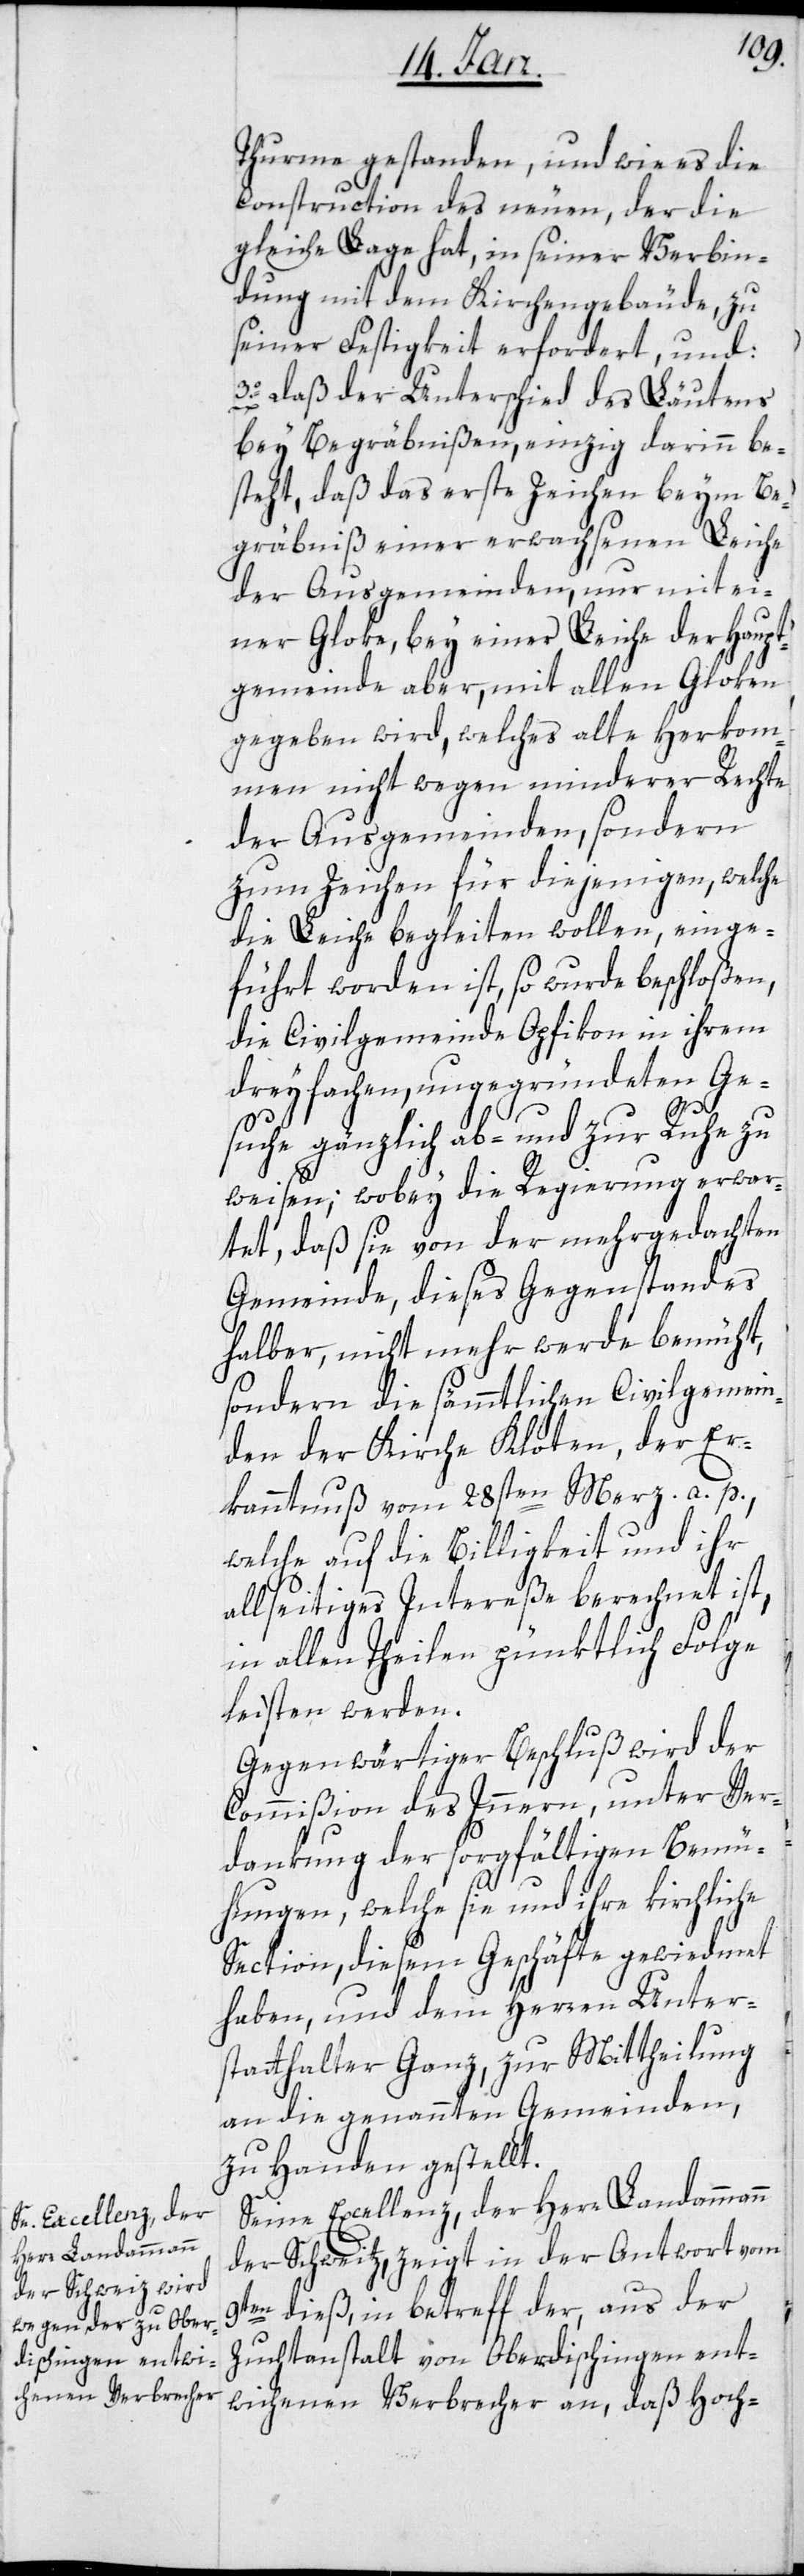
Thurme gestanden, und wie es die
Construction des neuen, der die
gleiche Lage hat, in seiner Verbin¬
dung mit dem Kirchengebäude, zu
seiner Festigkeit erfordert, und:
3o. daß der Unterschied des Läutens
bey Begräbnißen, einzig darinn be¬
steht, daß das erste Zeichen beym Be¬
gräbniß einer erwachsenen Leiche
der Ausgemeinden, nur mit ei¬
ner Gloke, bey einer Leiche der Haupt¬
gemeinde aber, mit allen Gloken
gegeben wird, welches alte Herkom¬
men nicht wegen minderer Rechte
der Ausgemeinden, sondern
zum Zeichen für diejenigen, welche
die Leiche begleiten wollen, einge¬
führt worden ist, so wurde beschloßen,
die Civilgemeinde Opfikon in ihrem
dreyfachen, ungegründeten Ge¬
suche gänzlich ab- und zur Ruhe zu
weisen; wobey die Regierung erwar¬
tet, daß sie von der mehrgedachten
Gemeinde, dieses Gegenstandes
halber, nicht mehr werde bemüht,
sondern die sämmtlichen Civilgemein¬
den der Kirche Kloten, der Er¬
kanntnuß vom 28sten Merz a. p.,
welche auf die Billigkeit und ihr
allseitiges Intereße berechnet ist,
in allen Theilen pünktlich Folge
leisten werden.
Gegenwärtiger Beschluß wird der
Commißion des Inneren, unter Ver¬
dankung der sorgfältigen Bemü¬
hungen, welche sie und ihre kirchliche
Section, diesem Geschäfte gewiedmet
haben, und dem Herren Unter¬
statthalter Ganz, zur Mittheilung
an die genannten Gemeinden,
zu Handen gestellt.
Seine Excellenz, der Herr Landammann
der Schweitz, zeigt in der Antwort vom
9ten dieß, in betreff der, aus der
Zuchtanstalt von Oberdischingen ent¬
wichenen Verbrecher an, daß Hoch-